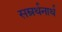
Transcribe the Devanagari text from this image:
सम्रर्थनार्थ